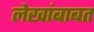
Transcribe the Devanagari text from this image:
लेखांबाबत